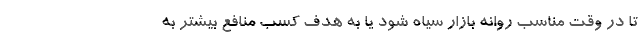
تا در وقت مناسب روانه بازار سياه شود يا به هدف كسب منافع بيشتر به